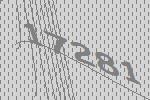
17281